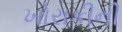
ખોરાકીની